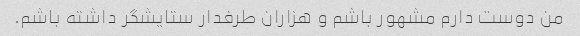
من دوست دارم مشهور باشم و هزاران طرفدار ستایشگر داشته باشم.